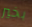
بخير